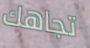
تجاهك